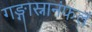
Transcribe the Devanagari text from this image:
गङ्गास्नानंफलं